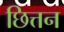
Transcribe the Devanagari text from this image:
छित्तन